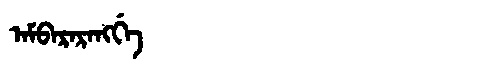
Manchu: ᠠᠮᠪᠠᡵᠠᡵᠠᠩᡤᡝ
Romanization: AMBARARANGGE